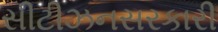
સીટીઝનસરકારી